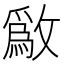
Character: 𫿒